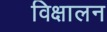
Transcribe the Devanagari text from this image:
विक्षालन